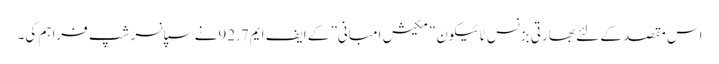
اس مقصد کے لئے بھارتی بزنس ٹائیکون ”مکیش امبانی” کے ایف ایم92.7نے سپانسر شپ فراہم کی۔